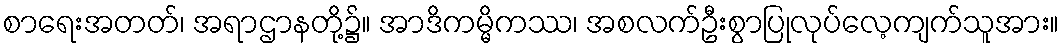
စာရေးအတတ်၊ အရာဌာနတို့၌။ အာဒိကမ္မိကဿ၊ အစလက်ဦးစွာပြုလုပ်လေ့ကျက်သူအား။